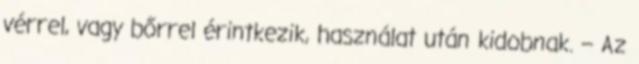
vérrel, vagy bőrrel érintkezik, használat után kidobnak. – Az